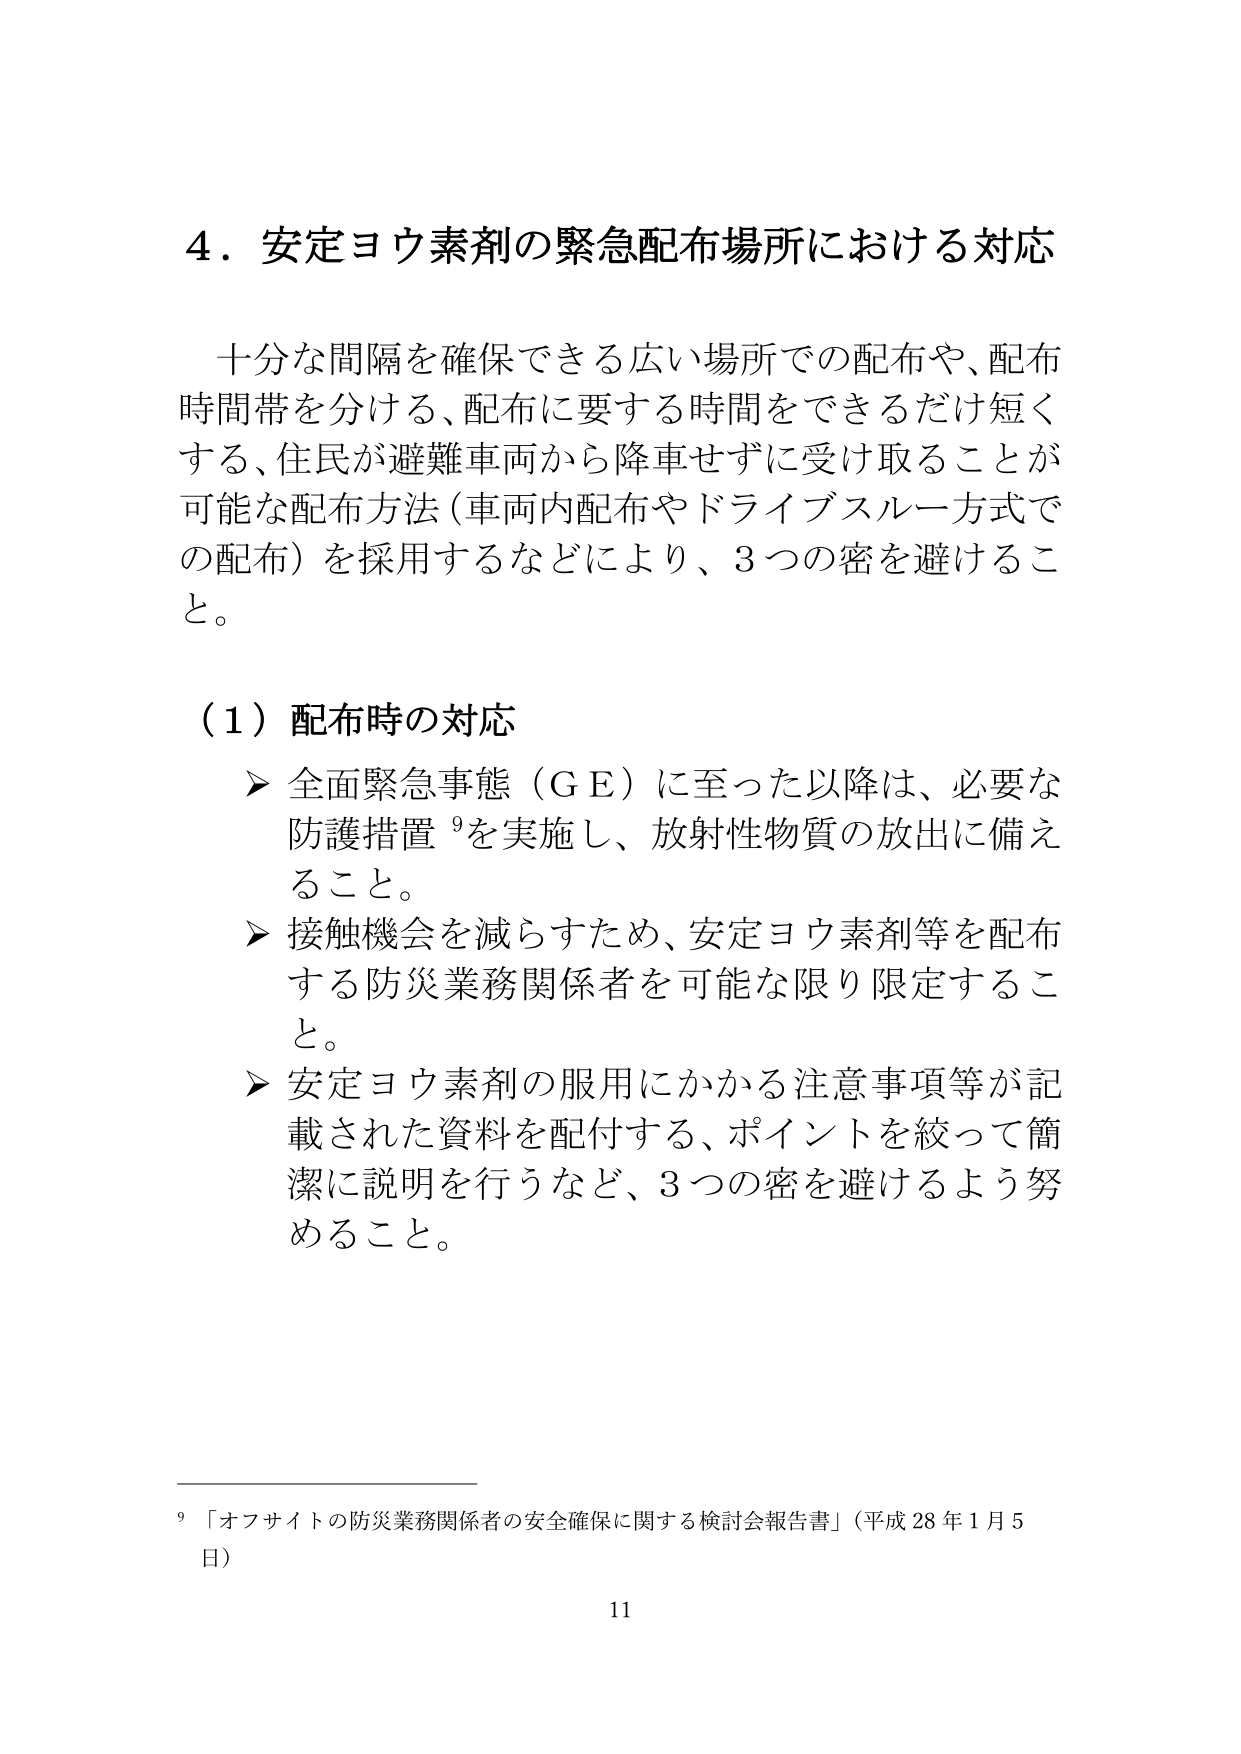
4．安定ヨウ素剤の緊急配布場所における対応

十分な間隔を確保できる広い場所での配布や、配布時間帯を分ける、配布に要する時間をできるだけ短くする、住民が避難車両から降車せずに受け取ることが可能な配布方法（車両内配布やドライブスルー方式での配布）を採用するなどにより、3つの密を避けること。

（1）配布時の対応
➤ 全面緊急事態（ＧＥ）に至った以降は、必要な防護措置⁹を実施し、放射性物質の放出に備えること。
➤ 接触機会を減らすため、安定ヨウ素剤等を配布する防災業務関係者を可能な限り限定すること。
➤ 安定ヨウ素剤の服用にかかる注意事項等が記載された資料を配付する、ポイントを絞って簡潔に説明を行うなど、3つの密を避けるよう努めること。

⁹「オフサイトの防災業務関係者の安全確保に関する検討会報告書」（平成28年1月5日）

11